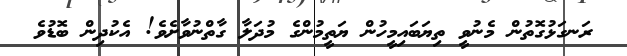
ރަނގަޅުގޮތުން މެނުވީ ތިޔަބައިމީހުން ޔަތީމުންގެ މުދަލާ ގާތްނުވާށެވެ! އެކުދިން ބޮޑުވެ